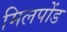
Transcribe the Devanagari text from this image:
मिलपोंड